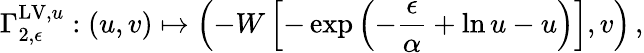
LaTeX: \Gamma_{2,\epsilon}^{\mathrm{LV},u}:(u,v)\mapsto\left(-W\left[-\exp\left(-\frac{\epsilon}{\alpha}+\ln u-u\right)\right],v\right)\, ,